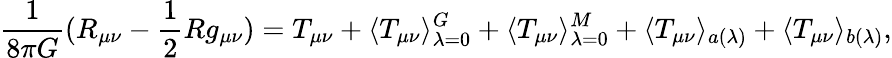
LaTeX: \frac{1}{8\pi G}(R_{\mu\nu}-\frac{1}{2}Rg_{\mu\nu})=T_{\mu\nu}+\langle T_{\mu\nu}\rangle_{\lambda=0}^{G}+\langle T_{\mu\nu}\rangle_{\lambda=0}^{M}+\langle T_{\mu\nu}\rangle_{a(\lambda)}+\langle T_{\mu\nu}\rangle_{b(\lambda)},